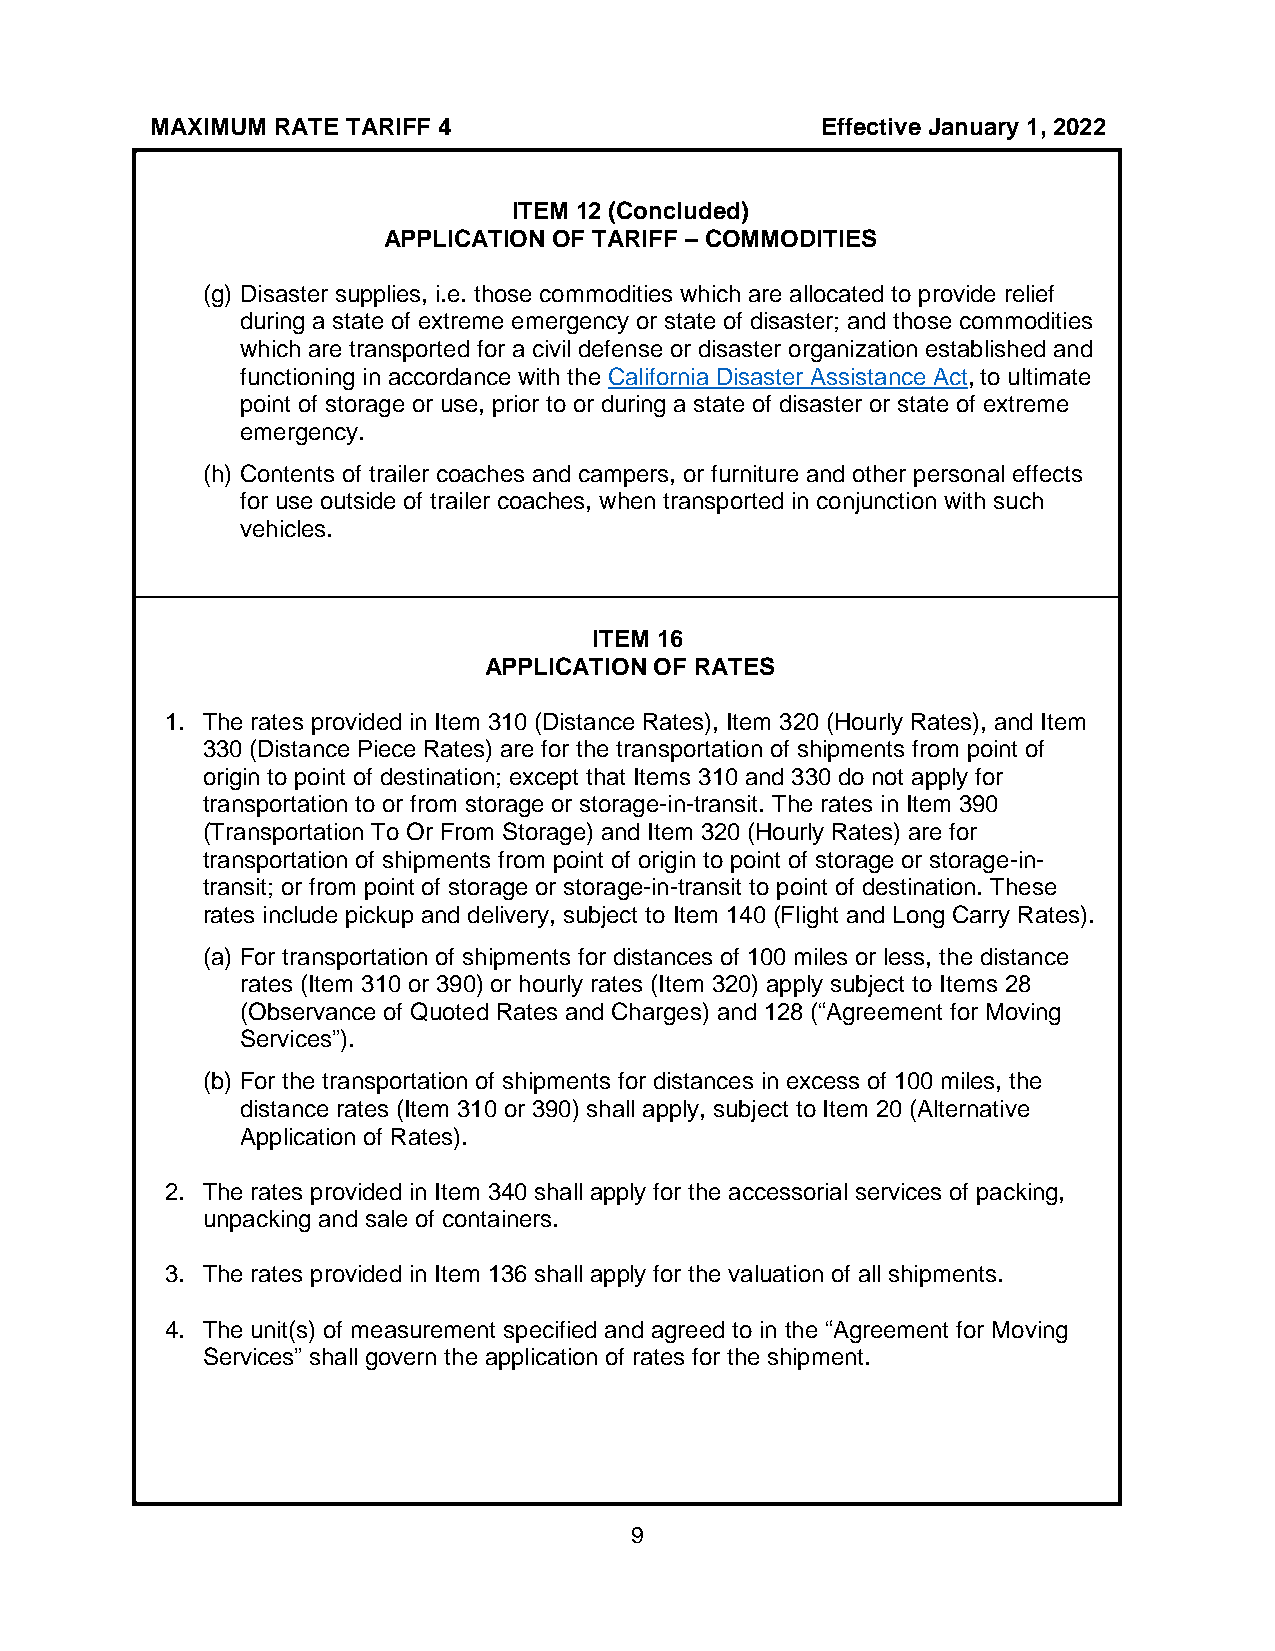
MAXIMUM RATE TARIFF 4                       Effective January 1, 2022
 ITEM 12 (Concluded)
 APPLICATION OF TARIFF – COMMODITIES
 (g) Disaster supplies, i.e. those commodities which are allocated to provide relief
 during a state of extreme emergency or state of disaster; and those commodities
 which are transported for a civil defense or disaster organization established and
 functioning in accordance with the California Disaster Assistance Act, to ultimate
 point of storage or use, prior to or during a state of disaster or state of extreme
 emergency.
 (h) Contents of trailer coaches and campers, or furniture and other personal effects
 for use outside of trailer coaches, when transported in conjunction with such
 vehicles.
 ITEM 16
 APPLICATION OF RATES
 1. The rates provided in Item 310 (Distance Rates), Item 320 (Hourly Rates), and Item
 330 (Distance Piece Rates) are for the transportation of shipments from point of
 origin to point of destination; except that Items 310 and 330 do not apply for
 transportation to or from storage or storage-in-transit. The rates in Item 390
 (Transportation To Or From Storage) and Item 320 (Hourly Rates) are for
 transportation of shipments from point of origin to point of storage or storage-in-
 transit; or from point of storage or storage-in-transit to point of destination. These
 rates include pickup and delivery, subject to Item 140 (Flight and Long Carry Rates).
 (a) For transportation of shipments for distances of 100 miles or less, the distance
 rates (Item 310 or 390) or hourly rates (Item 320) apply subject to Items 28
 (Observance of Quoted Rates and Charges) and 128 (“Agreement for Moving
 Services”).
 (b) For the transportation of shipments for distances in excess of 100 miles, the
 distance rates (Item 310 or 390) shall apply, subject to Item 20 (Alternative
 Application of Rates).
 2. The rates provided in Item 340 shall apply for the accessorial services of packing,
 unpacking and sale of containers.
 3. The rates provided in Item 136 shall apply for the valuation of all shipments.
 4. The unit(s) of measurement specified and agreed to in the “Agreement for Moving
 Services” shall govern the application of rates for the shipment.
 9